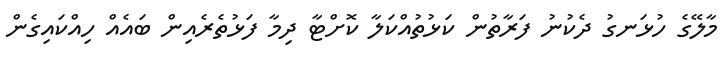
މާލޭގެ ހުޅަނގު ދެކުނު ފަރާތުން ކަޅުތުއްކަލާ ކޮށްޓާ ދިމާ ފަޅުތެރެއިން ބައެއް ހިއްކައިގެން